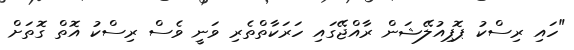
"ހައި ރިސްކު ޕޮޕިއުލޭޝަން ރާއްޖޭގައި ހަރަކާތްތެރި ވަނީ ވެސް ރިސްކު އޮތް ގޮތަށް